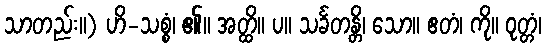
သာတည်း။) ဟိ-သစ္စံ၊ ၏။ အတ္ထိ။ ပ။ သင်္ခတန္တိ၊ သော။ ဧတံ၊ ကို။ ဝုတ္တံ၊